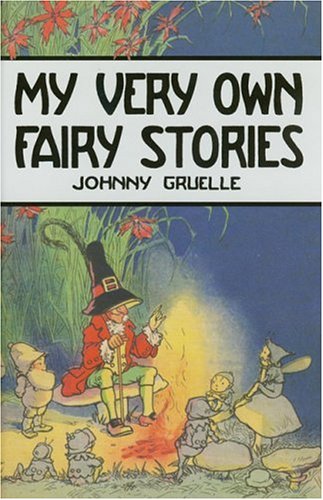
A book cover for My Very Own Fairy Stories; Johnny Gruelle; Children's Books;